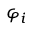
\varphi _ { i }